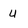
Character: U